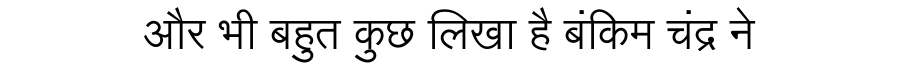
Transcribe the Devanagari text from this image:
और भी बहुत कुछ लिखा है बंकिम चंद्र ने